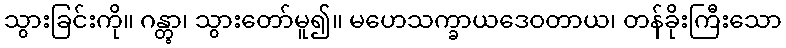
သွားခြင်းကို။ ဂန္တွာ၊ သွားတော်မူ၍။ မဟေသက္ခာယဒေဝတာယ၊ တန်ခိုးကြီးသော